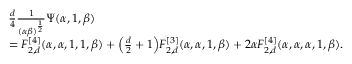
\begin{array} { r l } & { \frac { d } { 4 } \frac { 1 } { ( \alpha \beta ) ^ { \frac 1 2 } } \Psi ( \alpha , 1 , \beta ) } \\ & { = F _ { 2 , d } ^ { [ 4 ] } ( \alpha , \alpha , 1 , 1 , \beta ) + \Big ( \frac { d } { 2 } + 1 \Big ) F _ { 2 , d } ^ { [ 3 ] } ( \alpha , \alpha , 1 , \beta ) + 2 \alpha F _ { 2 , d } ^ { [ 4 ] } ( \alpha , \alpha , \alpha , 1 , \beta ) . } \end{array}